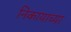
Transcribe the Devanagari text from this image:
निकायाच्या